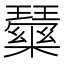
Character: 𭺒